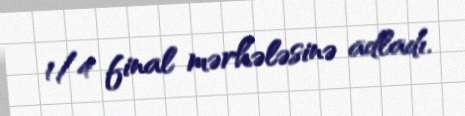
1/4 final mərhələsinə adladı.